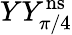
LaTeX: YY_{\pi/4}^{\mathrm{ns}}